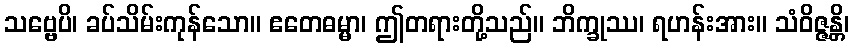
သဗ္ဗေပိ၊ ခပ်သိမ်းကုန်သော။ ဧတေဓမ္မာ၊ ဤတရားတို့သည်။ ဘိက္ခုဿ၊ ရဟန်းအား။ သံဝိဇ္ဇန္တိ၊